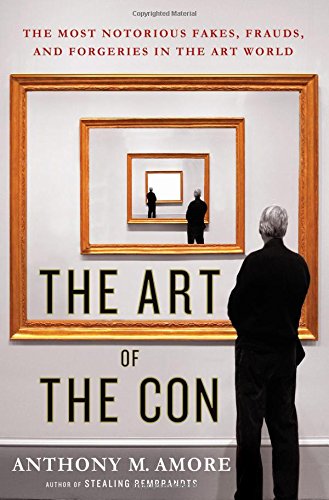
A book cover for The Art of the Con: The Most Notorious Fakes, Frauds, and Forgeries in the Art World; Anthony M. Amore; Arts & Photography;